Reports on military cantonments and civil stations in the Presidency of Bombay inspected by the Sanitary Commissioner in the years 1875 and 1876
Year: 1875
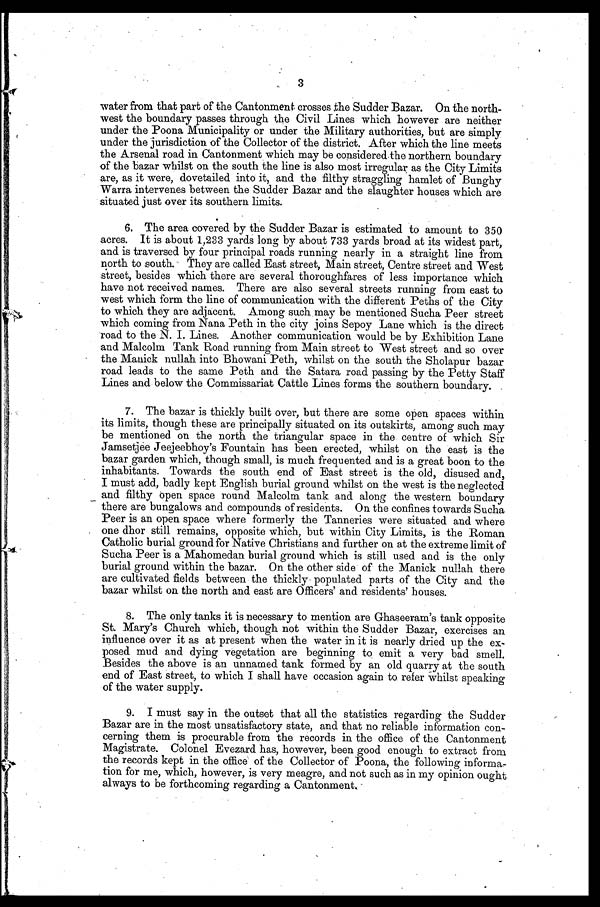
3
water from that part of the Cantonment crosses the Sudder Bazar. On the north-
west the boundary passes through the Civil Lines which however are neither
under the Poona Municipality or under the Military authorities, but are simply
under the jurisdiction of the Collector of the district. After which the line meets
the Arsenal road in Cantonment which may be considered the northern boundary
of the bazar whilst on the south the line is also most irregular as the City Limits
are, as it were, dovetailed into it, and the filthy straggling hamlet of Bunghy
Warra intervenes between the Sudder Bazar and the slaughter houses which are
situated just over its southern limits.
6. The area covered by the Sudder Bazar is estimated to amount to 350
acres. It is about 1,233 yards long by about 733 yards broad at its widest part,
and is traversed by four principal roads running nearly in a straight line from
north to south. They are called East street, Main street, Centre street and West
street, besides which there are several thoroughfares of less importance which
have not received names. There are also several streets running from east to
west which form the line of communication with the different Peths of the City
to which they are adjacent. Among such may be mentioned Sucha Peer street
which coming from Nana Peth in the city joins Sepoy Lane which is the direct
road to the N. I. Lines. Another communication would be by Exhibition Lane
and Malcolm Tank Road running from Main street to West street and so over
the Manick nullah into Bhowani Peth, whilst on the south the Sholapur bazar
road leads to the same Peth and the Satara road passing by the Petty Staff
Lines and below the Commissariat Cattle Lines forms the southern boundary.
7. The bazar is thickly built over, but there are some open spaces within
its limits, though these are principally situated on its outskirts, among such may
be mentioned on the north the triangular space in the centre of which Sir
Jamsetjee Jeejeebhoy's Fountain has been erected, whilst on the east is the
bazar garden which, though small, is much frequented and is a great boon to the
inhabitants. Towards the south end of East street is the old, disused and,
I must add, badly kept English burial ground whilst on the west is the neglected
and filthy open space round Malcolm tank and along the western boundary
there are bungalows and compounds of residents. On the confines towards Sucha
Peer is an open space where formerly the Tanneries were situated and where
one dhor still remains, opposite which, but within City Limits, is the Roman
Catholic burial ground for Native Christians and further on at the extreme limit of
Sucha Peer is a Mahomedan burial ground which is still used and is the only
burial ground within the bazar. On the other side of the Manick nullah there
are cultivated fields between the thickly populated parts of the City and the
bazar whilst on the north and east are Officers' and residents' houses.
8. The only tanks it is necessary to mention are Ghaseeram's tank opposite
St. Mary's Church which, though not within the Sudder Bazar, exercises an.
influence over it as at present when the water in it is nearly dried up the ex-
posed mud and dying vegetation are beginning to emit a very bad smell.
Besides the above is an unnamed tank formed by an old quarry at the south
end of East street, to which I shall have occasion again to refer whilst speaking
of the water supply.
9. I must say in the outset that all the statistics regarding the Sudder
Bazar are in the most unsatisfactory state, and that no reliable information con-
cerning them is procurable from the records in the office of the Cantonment
Magistrate. Colonel Evezard has, however, been good enough to extract from
the records kept in the office of the Collector of Poona, the following informa-
tion for me, which, however, is very meagre, and not such as in my opinion ought
always to be forthcoming regarding a Cantonment.